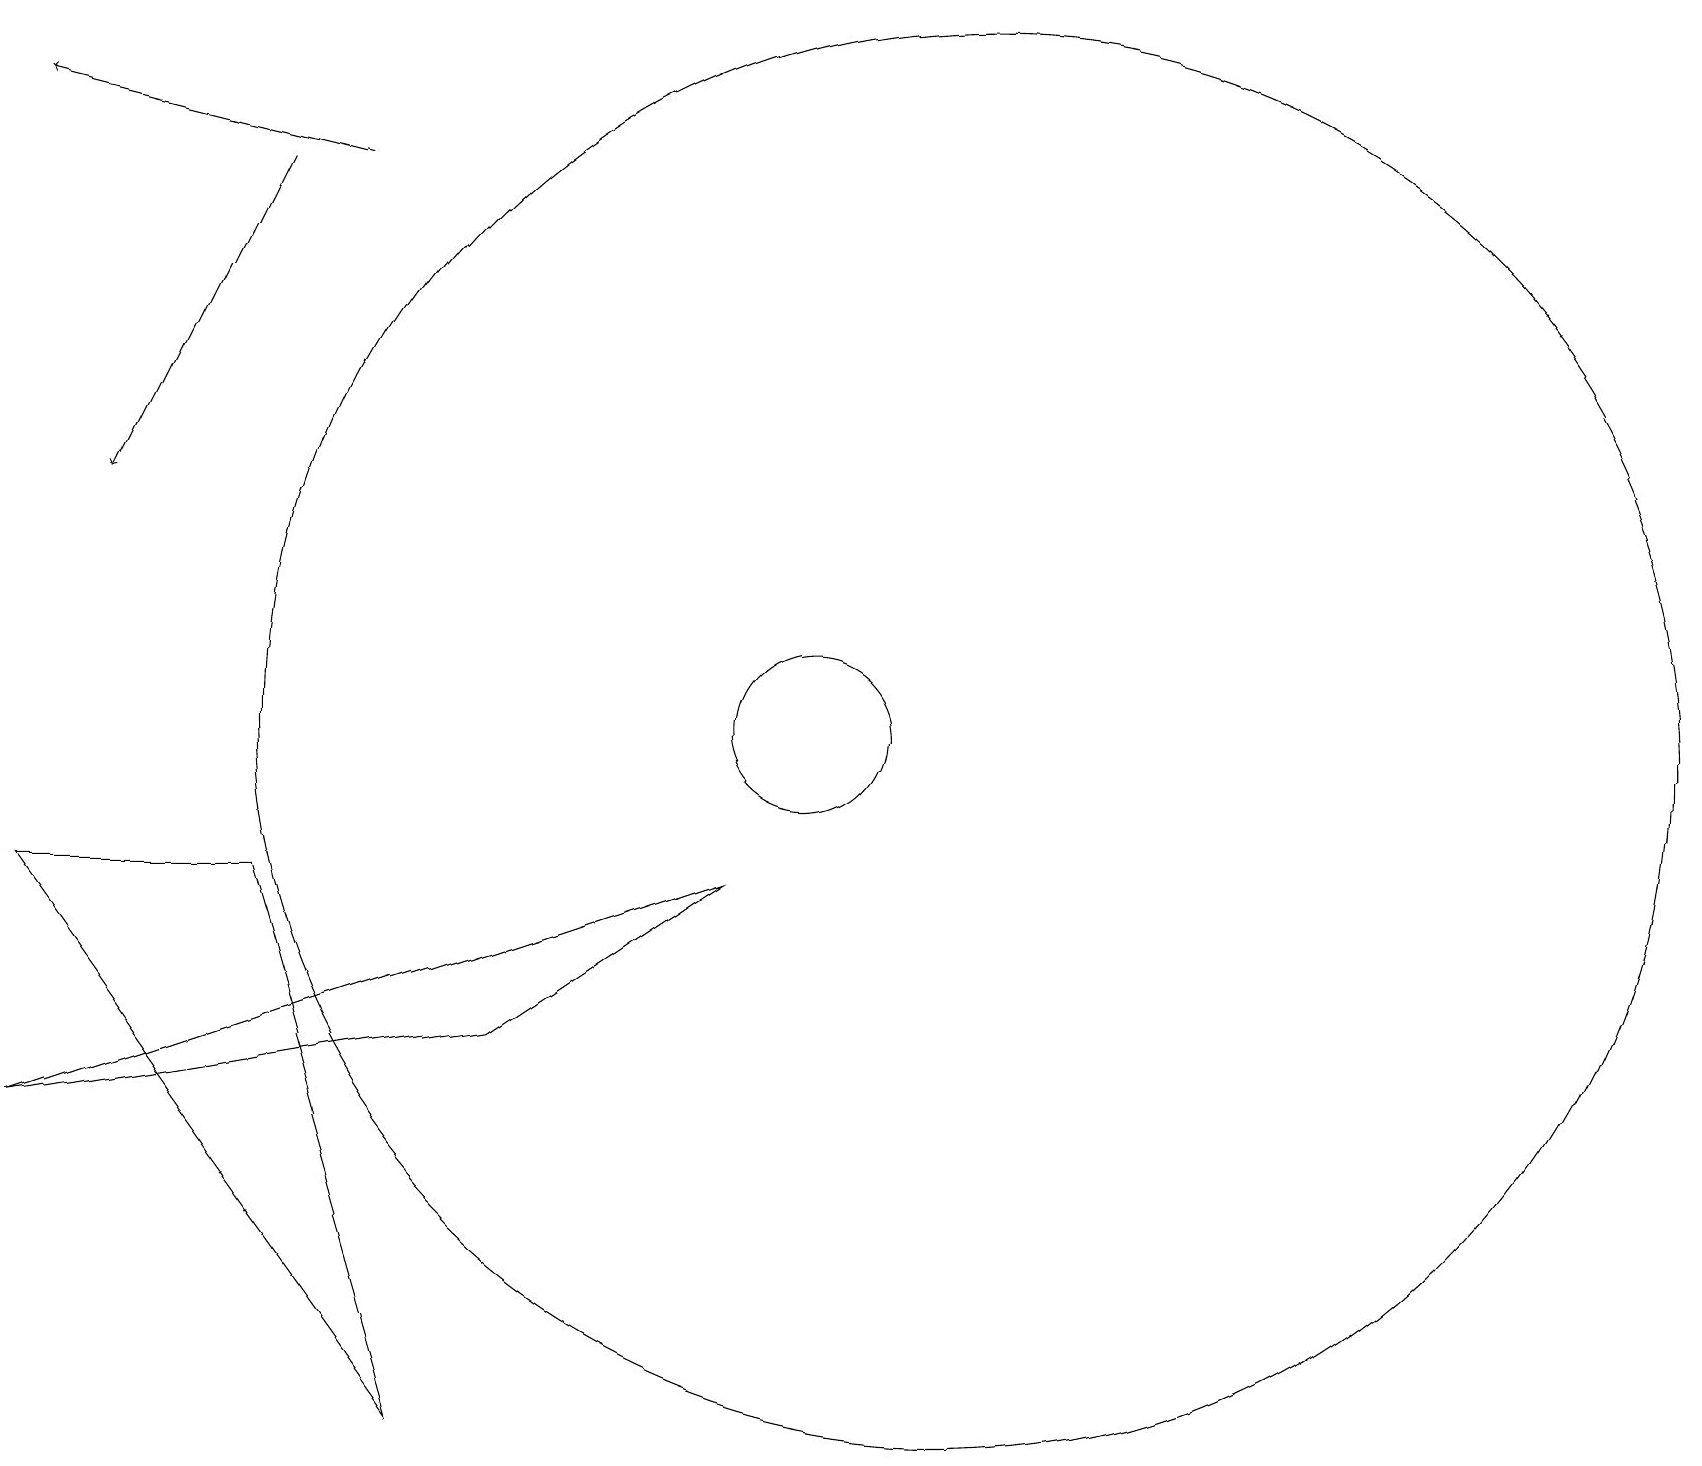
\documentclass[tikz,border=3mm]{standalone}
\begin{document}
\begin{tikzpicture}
\draw[->] (3,17) -- (1,13);
\draw (6,6) -- (0,5) -- (9,8) -- cycle;
\draw (12,10) circle (9);
\draw (10,10) circle (1);
\draw (3,8) -- (0,8) -- (5,1) -- cycle;
\draw[->] (4,17) -- (0,18);
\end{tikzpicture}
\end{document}